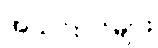
အသင်းဝင်များ